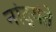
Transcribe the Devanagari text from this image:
नांद्यंते